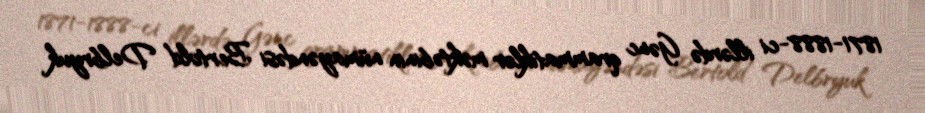
1871-1888-ci illərdə Gənc qrammatiklər məktəbinin nümayəndəsi Bertold Delbryuk